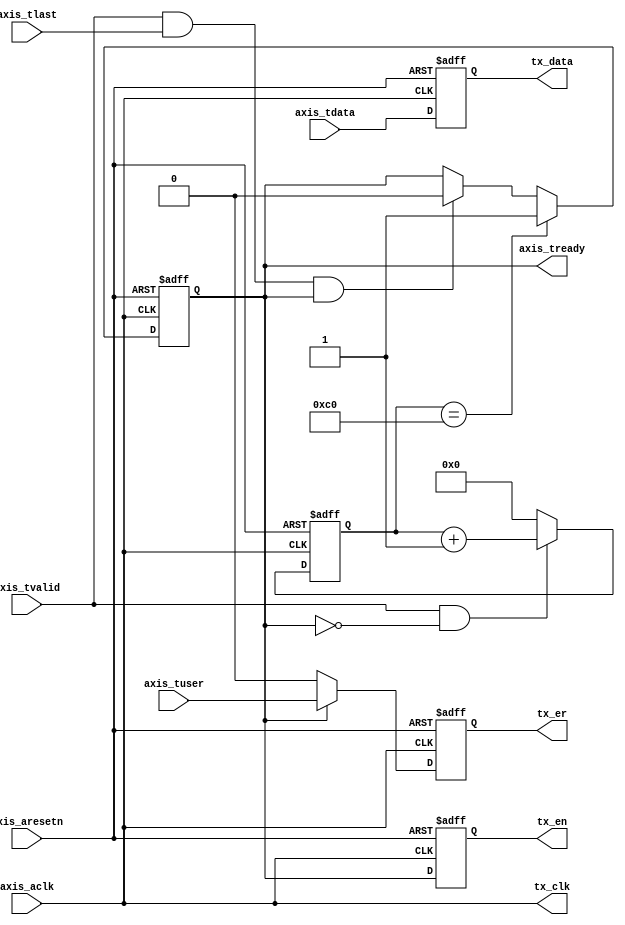
module axis_to_pkt(
	input	axis_aclk,
	input	axis_aresetn,
	input	[7:0] axis_tdata,
	input	[0:0] axis_tuser,
	input	axis_tlast,
	input	axis_tvalid,
	output	reg axis_tready,

	output	tx_clk,
	output	reg [7:0] tx_data,
	output	reg tx_en,
	output	reg tx_er
);
parameter IFG=192;

reg [7:0] ifg_cnt;

assign tx_clk = axis_aclk;

always @(posedge axis_aclk, negedge axis_aresetn)
begin
	if(!axis_aresetn) begin
		ifg_cnt <= 'b0;
	end
	else if(axis_tvalid && !axis_tready) begin
		ifg_cnt <= ifg_cnt+1;
	end
	else begin
		ifg_cnt <= 'b0;
	end
end

always @(posedge axis_aclk, negedge axis_aresetn)
begin
	if(!axis_aresetn) begin
		axis_tready <= 1'b0;
	end
	else if(ifg_cnt==IFG) begin
		axis_tready <= 1'b1;
	end
	else if(axis_tvalid && axis_tlast && axis_tready) begin
		axis_tready <= 1'b0;
	end
end

always @(posedge axis_aclk, negedge axis_aresetn)
begin
	if(!axis_aresetn) begin
		tx_data <= 'bx;
		tx_en <= 1'b0;
		tx_er <= 1'b0;
	end
	else begin
		tx_data <= axis_tdata;
		tx_en <= axis_tready;
		tx_er <= axis_tready ? axis_tuser : 1'b0;
	end
end

endmodule